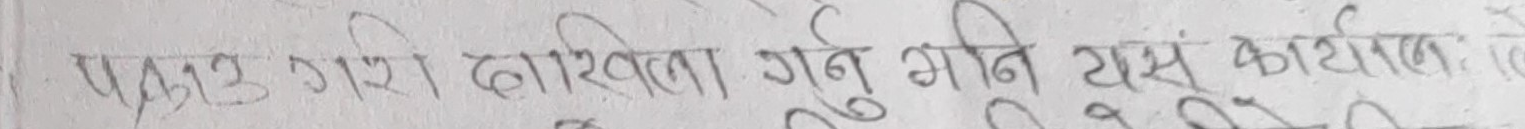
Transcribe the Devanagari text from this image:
प्रस्तुत गरी दाखिला गर्नु भनि यस कार्यलयमा